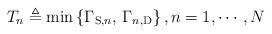
LaTeX: \begin{align*}T_n \triangleq \min\left\{\Gamma_{\mathrm{S}, n}, \, \Gamma_{n, \mathrm{D}}\right\}, n=1, \cdots, N\end{align*}